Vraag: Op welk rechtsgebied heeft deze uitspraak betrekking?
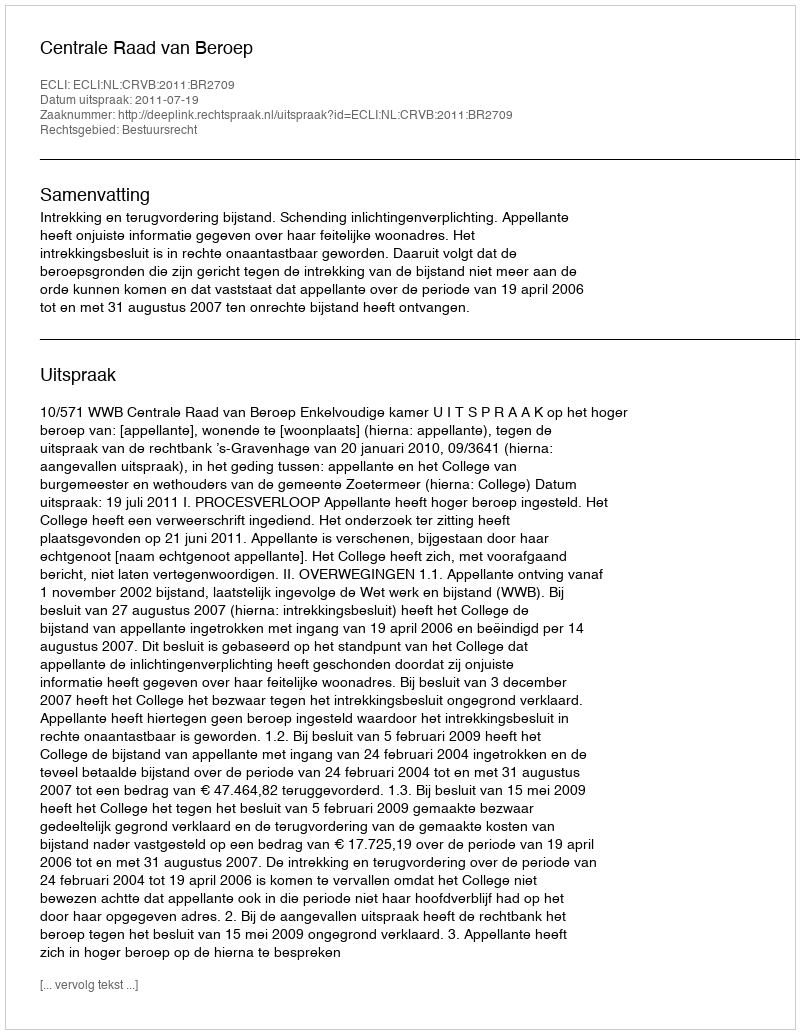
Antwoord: Bestuursrecht